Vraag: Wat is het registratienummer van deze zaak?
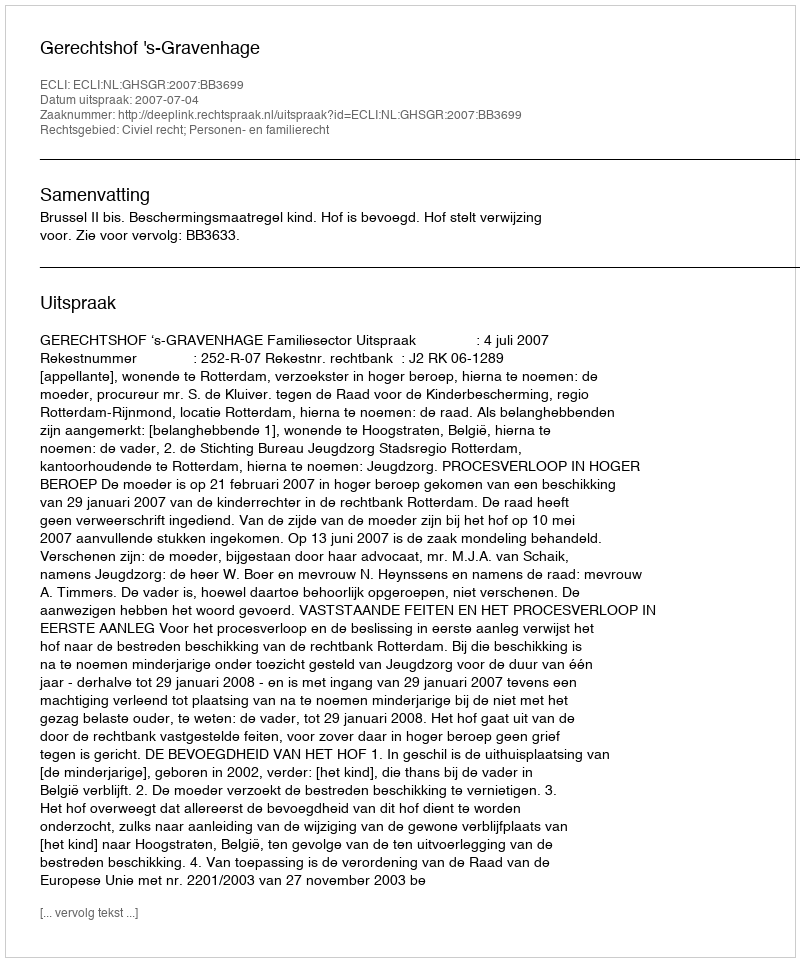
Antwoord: http://deeplink.rechtspraak.nl/uitspraak?id=ECLI:NL:GHSGR:2007:BB3699